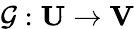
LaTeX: \mathcal{G}:\mathbf{U}\xrightarrow{}\mathbf{V}